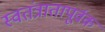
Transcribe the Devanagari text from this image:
स्वतंत्रातापूर्वक